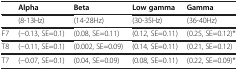
|  | Alpha | Beta | Low gamma | Gamma |
 | --- | --- | --- | --- | --- |
 |  | (8-13Hz) | (14-28Hz) | (30-35Hz) | (36-40Hz) |
 | F7 | (−0.13, SE=0.1) | (0.08, SE=0.11) | (0.12, SE=0.11) | (0.25, SE=0.12)* |
 | T8 | (−0.11, SE=0.1) | (0.002, SE=0.09) | (0.14, SE=0.11) | (0.21, SE=0.12) |
 | T7 | (−0.07, SE=0.1) | (0.04, SE=0.09) | (0.08, SE=0.11) | (0.22, SE=0.09)* |